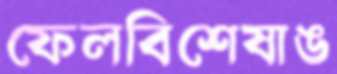
ফেলবিশেষাঙ